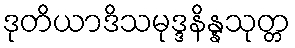
ဒုတိယာဒိသမုဒ္ဒနိန္နသုတ္တ